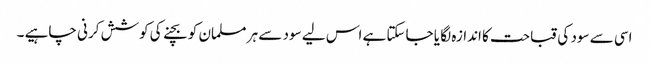
اسی سے سود کی قباحت کا اندازہ لگا یا جاسکتا ہے اس لیے سود سے ہر مسلمان کو بچنے کی کوشش کرنی چاہیے ۔